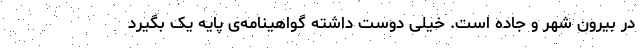
در بیرون شهر و جاده است. خیلی دوست داشته گواهینامه‌ی پایه یک بگیرد